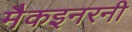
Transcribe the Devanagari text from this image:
मैकइनरनी